Vital statistics of India. Vol. VI, European troops 1870-79
Year: 1870
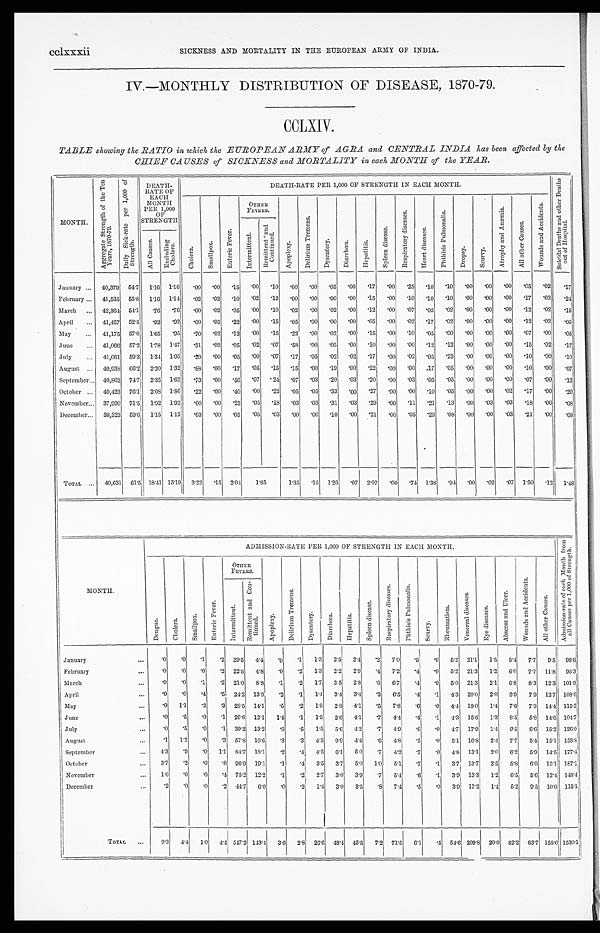
cclxxxii SICKNESS AND MORTALITY IN THE EUROPEAN ARMY OF INDIA.
IV.—MONTHLY DISTRIBUTION OF DISEASE, 1870-79.
CCLXIV.
TABLE showing the RATIO in which the EUROPEAN ARMY of AGRA and CENTRAL INDIA has been affected by the
CHIEF CAUSES of SICKNESS and MORTALITY in each MONTH of the YEAR.
MONTH.
A g g r e g a t e S t r e n g t h o f t h e T e n
Y e a r s , 1 8 7 0 - 7 9 .
D a i l y S i c k - r a t e p e r 1 , 0 0 0 o f
S t r e n g t h .
DEATH-
RATE OF
EACH
MONTH
PER 1,000
OF
STRENGTH
DEATH-RATE PER 1,000 OF STRENGTH IN EACH MONTH.
S u i c i d a l D e a t h s a n d o t h e r D e a t h s
o u t o f H o s p i t a l .
C h o l e r a .
S m a l l p o x .
E n t e r i c F e v e r .
OTHER
FEVERS.
A p o p l e x y .
D e l i r i u m T r e m e n s .
D y s e n t e r y .
D i a r r h œ a .
H e p a t i t i s .
S p l e e n d i s e a s e .
R e s p i r a t o r y d i s e a s e s .
H e a r t d i s e a s e s .
P h t h i s i s P u l m o n a l i s .
D r o p s y . S c u r v y .
A t r o p h y a n d A n æ m i a .
A l l o t h e r C a u s e s .
W o u n d s a n d A c c i d e n t s .
I n t e r m i t t e n t .
R e m i t t e n t a n d
C o n t i n u e d .
A l l C a u s e s . Exc l udi ng
Chol er a.
January
. . . 40,379 54.7 1.16 1.16 .00
. 0 0 .15 .00 .10
. 0 0 . 0 0 .05
. 0 0
. 1 7 . 0 0
. 2 5 .10 .10
. 0 0 . 0 0
. 0 0 .05 .02
. 1 7
February . . . 41,535 55.8 1.16
1 . 1 4 .02
. 0 2 .10 .02 .12
. 0 0 . 0 0
. 0 0
. 0 0
. 1 5 . 0 0
. 1 0
. 1 0 .10
. 0 0 . 0 0
. 0 0 .17
. 0 2
. 2 4
March ... 42,364 54.1 .76 .76
. 0 0
. 0 2 .05
. 0 0 .10
. 0 2 . 0 0 .02
. 0 0
. 1 2 . 0 0
. 0 7 .05 .02
. 0 0 . 0 0
. 0 0 .12 .02
. 1 5
April ... 41,457 52.5 .92 .92
. 0 0
. 0 5 .22
. 0 0 .15
. 0 5 . 0 0
. 0 0
. 0 0
. 0 5 . 0 0
. 0 2 .17 .02
. 0 0 .00
. 0 0 .12 .02
. 0 5
May
. . . 41,175 57.0 1.65 .95 .70
. 0 2 .12
. 0 0 .15
. 2 2 . 0 0 .02
. 0 0
. 1 5 . 0 0
. 1 0 .05
. 0 0
. 0 0 . 0 0
. 0 0 .07
. 0 0
. 0 5
J u n e ... 41,066 57.2 1.78 1.47 .31
. 0 2 . 0 5 .02 .07 .58
. 0 0 .05
. 0 0
. 1 0 . 0 0
. 0 0 .12 .12
. 0 0 . 0 0
. 0 0 .15 .02 .17
July ... 41,061 59.3 1.34 1.05 .29
. 0 0 . 0 5
. 0 0 .07
. 1 7 .05 .02 .02
. 1 7 . 0 0
. 0 2 .05 .23
. 0 0 . 0 0
. 0 0 .10
. 0 0
. 1 0
August . . . 40,938 66.2 2.20 1.32 .88
. 0 0 .17 .05 .15
. 1 5 . 0 0 .19
. 0 0
. 2 2 . 0 0
. 0 0 .17 .05
. 0 0 . 0 0
. 0 0 .10
. 0 0 .07
September . . . 40,862 74.7 2.35 1.62 .73
. 0 0 .46 .07 .24
. 0 7 .03 .20 .03
. 2 0 . 0 0
. 0 3 .05 .05
. 0 0 . 0 0
. 0 0 .07
. 0 0
. 1 2
October ... 40,423 76.1 2.08 1.86 .22
. 0 0 .40
. 0 0 .22
. 0 5 .05 .33
. 0 0
. 2 7 . 0 0
. 0 0 .10 .05
. 0 0 . 0 0
. 0 2 .17
. 0 0 .20
November . . . 37,990 71.5 1.92 1.92
. 0 0
. 0 0 .23 .05 .18
. 0 3 .03 .31 .03
. 2 9 . 0 0
. 1 1 .21 .13
. 0 0 .03
. 0 3 .18
. 0 0 . 08
December
. . .
38,323 59.6 1.15 1.12 .03
. 0 0 .05 .05 .03
. 0 0 . 0 0 .10
. 0 0
. 2 1 . 0 0
. 0 5 .23
. 0 8
. 0 0 . 0 0
. 0 3 .21
. 0 0 .08
TOTAL ... 40,631 61.5 18.41 15.19 3.22
. 1 5 204 1.85
1.35 .15 1.26 .07 2.07
. 0 0
. 7 4 1.38 .94
. 0 0 .02 .07 1.50 .12 1.48
MONTH.
ADMISSION-RATE PER 1,000 OF STRENGTH IN EACH MONTH.
A d m i s s i o n - r a t e o f e a c h M o n t h f r o m
a l l C a u s e s p e r 1 , 0 0 0 o f S t r e n g t h .
D e n g u e .
C h o l e r a .
S m a l l p o x .
E n t e r i c F e v e r .
OTHER
FEVERS.
A p o p l e x y .
D e l i r i u m T r e m e n s .
D y s e n t e r y .
D i a r r h œ a .
H e p a t i t i s .
S p l e e n d i s e a s e .
R e s p i r a t o r y d i s e a s e s .
P h t h i s i s P u l m o n a l i s .
S c u r v y .
R h e u m a t i s m .
V e n e r e a l d i s e a s e s .
E y e d i s e a s e s .
A b s c e s s a n d U l c e r .
W o u n d s a n d A c c i d e n t s .
A l l o t h e r C a u s e s .
I n t e r m i t t e n t .
R e m i t t e n t a n d C o n -
t i n u e d .
January
. . .
. 0
. 0 .1 .2 2 9 . 5
4. 4
. 0
.1 1. 3 2.5 2. 4 .2 7.0
.5 .0 5. 2 21.1
1 . 5
5. 4
7 . 7
9 . 5 9 8 . 6
February
... .0 .0 . 0
.2
2 2 . 5
4 . 8 . 0
.2
1 . 3
2.2 2. 9 .4 7.2 .4 .0 5. 2 21.3 1 . 2 6 . 0
7. 7 11. 8 95.3
March
...
. 0
.0 . 1
.2
21.0 8 . 8 . 1
.2
1 . 7
3.5 2. 8 .6 6.7 .4 .0 5.0 21.3 2 . 1
6. 8
8 . 3 12. 3 101.9
April
... . 0
.0 . 4
.5
2 4 . 2
13. 9
. 2
.1 1. 4 3.4 3. 4
. 3 6 . 5 .4
. 1
4. 3 20.0 2 . 0
6.9
7 . 9 12. 7 108.6
May
. . .
.0
1. 1
. 2
.3
2 8 . 5
14. 1
. 5
.2 1 . 5 2 . 8
4. 1
. 5 7 . 8 .6 .0 4. 4 18.0 1 . 4 7 . 6
7. 3 14. 4 115.3
June
. . .
.0 .5 . 0
.1
2 6 . 6
12. 1
1 . 4
.1
1 . 5
2 . 6
4 . 1 . 7
4 . 4 .4 .1 4. 3 15.6 1 . 3
8.5
5 . 8 14. 6 104.7
July
. . .
.0 .5 . 0
.1
3 9 . 2
13. 2
. 6
.5 1 . 5
5 . 6
4 . 2 . 7
4 . 9 .6
. 0 4.7 17.9 1 . 4
9.5
6 . 6 15. 2 126.9
August
. . .
.1
1 . 2
. 0
.3
57. 8 16. 6
. 3
.3
4 . 5
9 . 9
4 . 4 . 6
4 . 8 .5 .0 5. 1 16.8 2 . 4
7.7
5 . 4
1 5 . 1
153.8
September
. . .
4. 3 .9
. 0
1. 1 84. 7 18. 1
. 2
.4
4. 5 6. 1
5 . 0 . 7
4 . 2 .7 .0 4 . 8 1 3 . 1
2 . 0
6.2
5 . 9
1 4 . 5
177.4
October
. . .
3. 7 .2 .0 .8
96. 9 19. 1
. 1
.4
3. 5 3. 7
5 . 0 1 . 0
5. 1.7
. 1
3. 7 13. 7 2 . 5
5.8
6 . 0
1 5 . 1 187.1
November
. . .
1. 0 .0
. 0 .4
75. 2 12. 2
. 1
.2
2 . 7 3. 0
3 . 9 . 7
5 . 4 .6
. 1
3. 9 13. 3 1 . 2
6.5
5 . 6
1 2 . 4
1 4 8 . 4
December
. . .
.2 .0
. 0 .2
44. 7
6 . 0
.0 .2
1 . 4 3. 0
3 . 5
. 8
7 . 4
.5
.0
3 . 9
1 7 . 2
1 . 4
5.2
9 . 5
1 0 . 0
1 1 5 . 1
TOTAL
. . .
9.3
4. 4
1 . 0
4.4
5 4 7 . 2
143. 4 3.6 2.8
2 6 . 6
4 8 . 4
4 5 . 5 7 . 2
71
.5 6.1 . 4
5 4 . 6 209. 8 2 0 . 0
82. 2
8 3 . 7 158. 0 1530.1